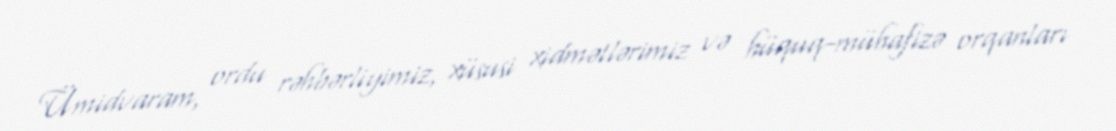
Ümidvaram, ordu rəhbərliyimiz, xüsusi xidmətlərimiz və hüquq-mühafizə orqanları